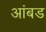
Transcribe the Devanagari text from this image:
आंबड